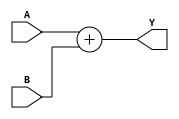
// 4

module adder( A, B, Y);
input [3:0] A, B;
output [3:0] Y;

assign Y = A + B;

endmodule